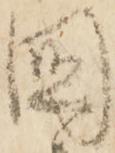
國